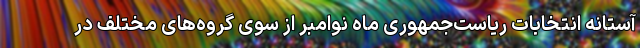
آستانه انتخابات ریاست‌جمهوری ماه نوامبر از سوی گروه‌های مختلف در